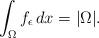
LaTeX: \begin{align*}\int_{\Omega}f_{\epsilon}\,dx=|\Omega|.\end{align*}